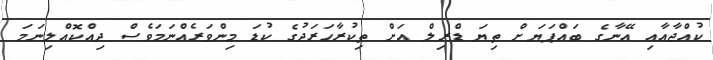
ކުއްޖާއާއި އޭނާގެ ބައްޕަޔަށް ތިޔަ ޑްރިލް އަށް ތިކުރާޙަރަދުގެ ކުޑަ މިންވަރެއްނަމަވެސް ދިއްކޮއްލިނަމަ